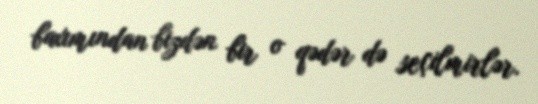
baxımından bizdən bir o qədər də seçilmirlər.